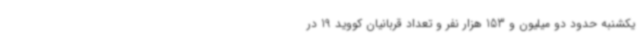
یکشنبه حدود دو میلیون و 153 هزار نفر و تعداد قربانیان کووید 19 در